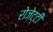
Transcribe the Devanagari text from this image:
रोज़ेट्टी